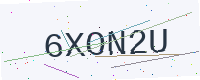
Text: 6XON2U